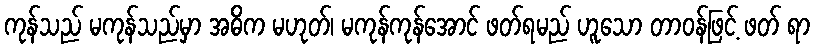
ကုန်သည် မကုန်သည်မှာ အဓိက မဟုတ်၊ မကုန်ကုန်အောင် ဖတ်ရမည် ဟူသော တာဝန်ဖြင့် ဖတ် ရာ